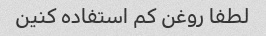
لطفا روغن کم استفاده کنین